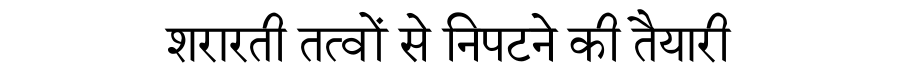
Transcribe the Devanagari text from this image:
शरारती तत्वों से निपटने की तैयारी